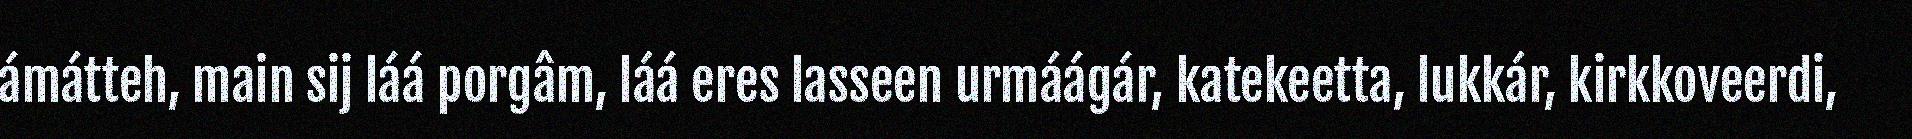
ámátteh, main sij láá porgâm, láá eres lasseen urmáágár, katekeetta, lukkár, kirkkoveerdi,